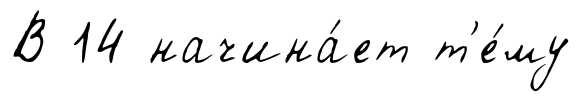
В 14 начина́ет т'е́му